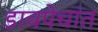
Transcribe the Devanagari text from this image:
डावपेचांत